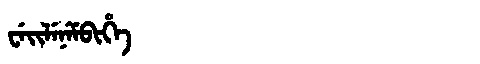
Manchu: ᠸᡝᡳᠯᡝᠨᡝᠮᠪᡳᡥᡝ
Romanization: WEILENEMBIHE